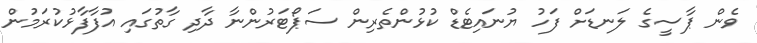
ވެން ޕާސީގެ ލަނޑަށް ފަހު ޔުނައިޓެޑް ކުޅުންތެރިން ސަޕޯޓަރުންނާ ދާދި ގާތުގައި އުފާފާޅުކުރަމުން